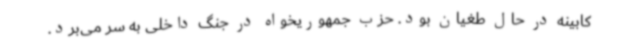
کابینه در حال طغیان بود. حزب جمهوریخواه در جنگ داخلی به سر می‌برد.